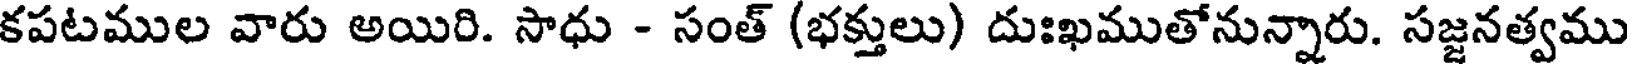
కపటముల వారు అయిరి. సాధు - సంత్ (భక్తులు) దుఃఖముతోనున్నారు. సజ్జనత్వము